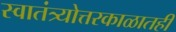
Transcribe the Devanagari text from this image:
स्वातंत्र्योत्तरकाळातही